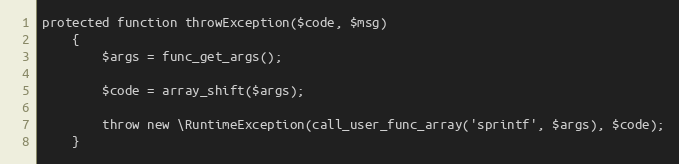
Language: PHP
protected function throwException($code, $msg)
    {
        $args = func_get_args();

        $code = array_shift($args);

        throw new \RuntimeException(call_user_func_array('sprintf', $args), $code);
    }